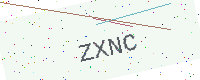
Text: ZXNC